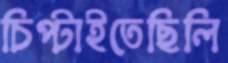
চিপ্‌টাইতেছিলি